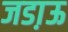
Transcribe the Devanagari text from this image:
जडा़ऊ